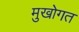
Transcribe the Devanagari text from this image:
मुखोगत